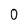
Character: 0